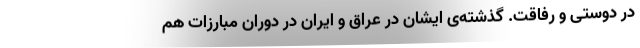
در دوستی و رفاقت. گذشته‌ی ایشان در عراق و ایران در دوران مبارزات هم